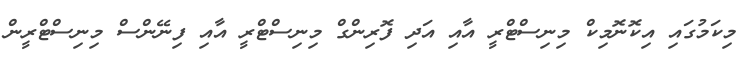
މިކަމުގައި އިކޮނޮމިކް މިނިސްޓްރީ އާއި އަދި ފޮރިންގް މިނިސްޓްރީ އާއި ފިނޭންސް މިނިސްޓްރީން